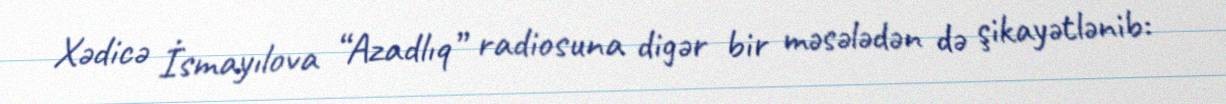
Xədicə İsmayılova “Azadlıq” radiosuna digər bir məsələdən də şikayətlənib: